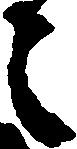
々